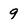
Character: 9